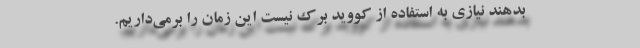
بدهند نیازی به استفاده از کووید برک نیست این زمان را برمی‌داریم.